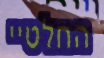
החלטיי